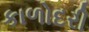
કાળોદરી